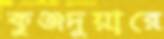
কুঞ্জদুয়ারে